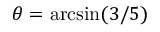
\theta = \arcsin ( 3 / 5 )